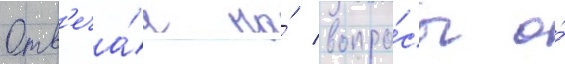
Отв'еча́я на́ вопро́сы о́